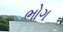
ભોગ